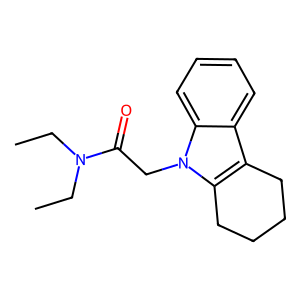
SMILES: CCN(CC)C(=O)Cn1c2c(c3ccccc31)CCCC2
Inhibits HIV replication: No